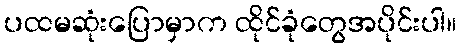
ပထမဆုံးပြောမှာက ထိုင်ခုံတွေအပိုင်းပါ။